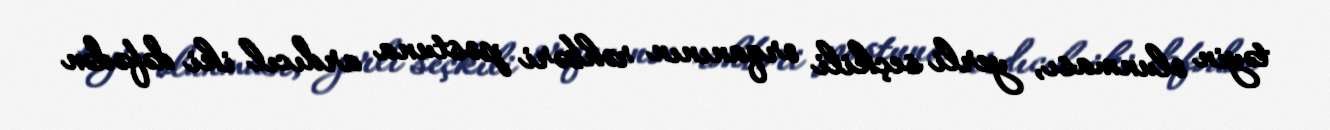
təyin olunması, yerli seçkili orqanının rəhbəri postuna ardıcıl iki dəfədən